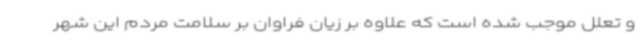
و تعلل موجب شده است که علاوه بر زیان فراوان بر سلامت مردم این شهر